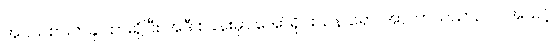
အငယ်စားတခု ထားရှိပြီး အဲဒီ စခန်းမှာ အော်ရိုင်းယန် ရော၊ အာကာသယာဉ် ပါ အသင့်